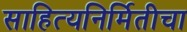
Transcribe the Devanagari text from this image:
साहित्यनिर्मितीचा